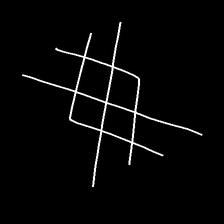
Glyph: crystal